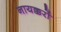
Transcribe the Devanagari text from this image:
नायक्करों